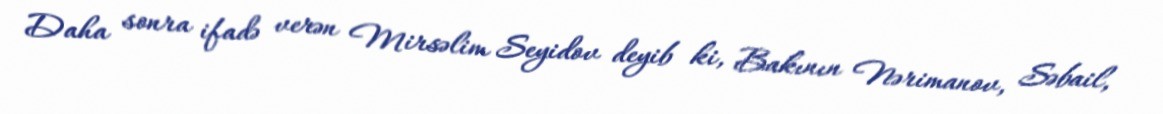
Daha sonra ifadə verən Mirsəlim Seyidov deyib ki, Bakının Nərimanov, Səbail,